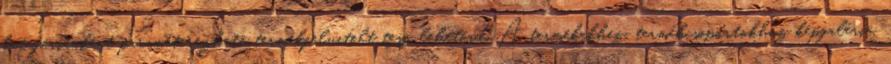
kategóriánként paraméterezhetõ termékfelvitelt tesz lehetõvé. A termékekhez, termékcsoportokhoz képgaléria,